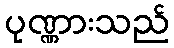
ပုဏ္ဏားသည်